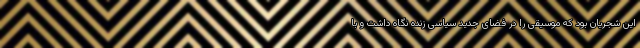
این شجریان بود که موسیقی را در فضای جدید سیاسی زنده نگاه داشت و با